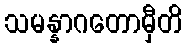
သမန္နာဂတောမှီတိ